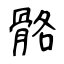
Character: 骼